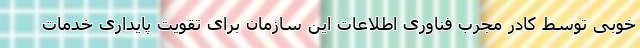
خوبى توسط کادر مجرب فناوری اطلاعات این سازمان براى تقویت پایدارى خدمات